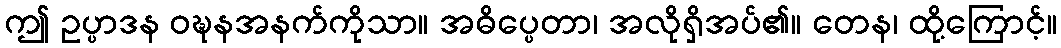
ဤ ဥပ္ပာဒန ဝဍ္ဎနအနက်ကိုသာ။ အဓိပ္ပေတာ၊ အလိုရှိအပ်၏။ တေန၊ ထို့ကြောင့်။